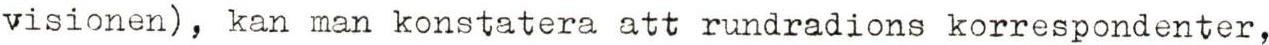
visionen), kan man konstatera att rundradions korrespondenter,